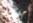
حلول